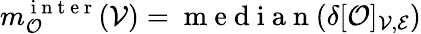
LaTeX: m_{\mathcal{O}}^{\mathrm{~i~n~t~e~r~}}(\mathcal{V})=\mathrm{~m~e~d~i~a~n~}(\delta[\mathcal{O}]_{\mathcal{V},\mathcal{E}})